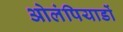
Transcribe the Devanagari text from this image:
ओलंपियाडों